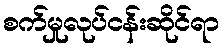
စက်မှုလုပ်ငန်းဆိုင်ရာ